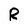
Character: R